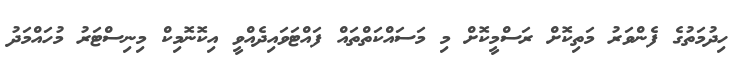
ހިދުމަތުގެ ފެންވަރު މަތިކޮށް ރަސްމީކޮށް މި މަސައްކަތްތައް ފައްޓަވައިދެއްވީ އިކޮނޮމިކް މިނިސްޓަރު މުހައްމަދު